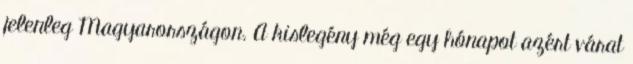
jelenleg Magyarországon. A kislegény még egy hónapot azért várat